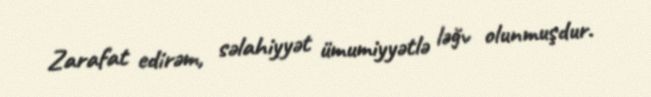
Zarafat edirəm, səlahiyyət ümumiyyətlə ləğv olunmuşdur.